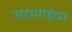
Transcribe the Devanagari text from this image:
सरसगडवर